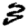
Digit: 3